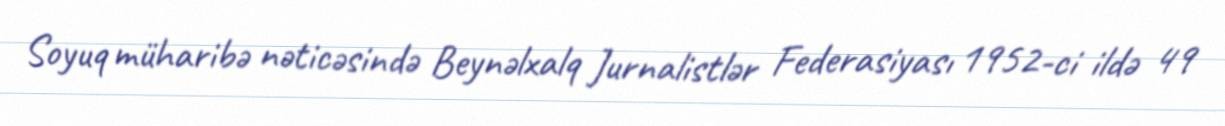
Soyuq müharibə nəticəsində Beynəlxalq Jurnalistlər Federasiyası 1952-ci ildə 49